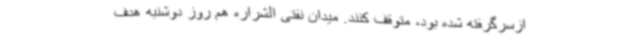
ازسرگرفته شده بود، متوقف کنند. میدان نفتی الشراره هم روز دوشنبه هدف